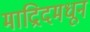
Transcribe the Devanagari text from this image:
माद्रिदमधून